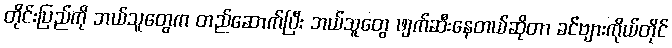
တိုင်းပြည်ကို ဘယ်သူတွေက တည်ဆောက်ပြီး ဘယ်သူတွေ ဖျက်ဆီးနေတယ်ဆိုတာ ခင်ဗျားကိုယ်တိုင်